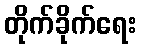
တိုက်ခိုက်ရေး